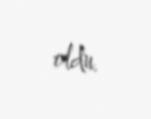
oldu.